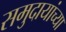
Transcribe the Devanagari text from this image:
समुदायांच्या